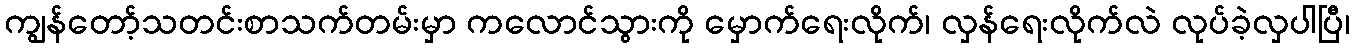
ကျွန်တော့်သတင်းစာသက်တမ်းမှာ ကလောင်သွားကို မှောက်ရေးလိုက်၊ လှန်ရေးလိုက်လဲ လုပ်ခဲ့လှပါပြီ၊